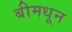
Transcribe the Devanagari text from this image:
बीमधून